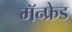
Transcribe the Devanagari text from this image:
मॅन्फ्रेड